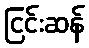
ငြင်းဆန်